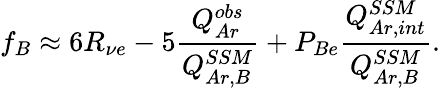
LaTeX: f_{B}\approx 6R_{\nu e}-5\frac{Q_{Ar}^{obs}}{Q_{Ar,B}^{SSM}}+P_{Be}\frac{Q_{Ar,int}^{SSM}}{Q_{Ar,B}^{SSM}}.